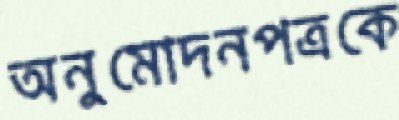
অনুমোদনপত্রকে